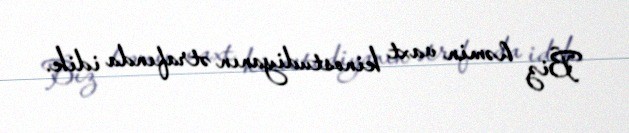
Biz həmin vaxt kinostudiyanın ətrafında idik.